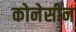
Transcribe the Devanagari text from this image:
कोनेसीन